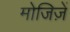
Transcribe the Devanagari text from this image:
मोजिज़ें